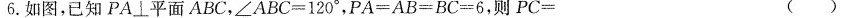
6.如图，已知PA\perp 平面ABC，∠ABC=120°，PA=AB=BC=6，则PC= ()